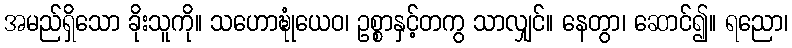
အမည်ရှိသော ခိုးသူကို။ သဟောဍ္ဎုံယေဝ၊ ဥစ္စာနှင့်တကွ သာလျှင်။ နေတွာ၊ ဆောင်၍။ ရညော၊